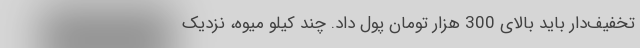
تخفیف‌دار باید بالای 300 هزار تومان پول داد. چند کیلو میوه، نزدیک